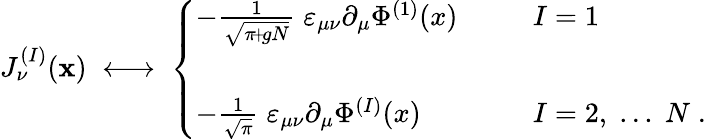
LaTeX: J_{\nu}^{(I)}(\mathbf{x})\; \longleftrightarrow\; \left\{ \begin{array}{ll}{{-\frac{1}{\sqrt{\pi\! +\! gN}}\; \varepsilon_{\mu\nu}\partial_{\mu}\Phi^{(1)}(x)\; \; \; \; \; \; }}&{{I=1}}\\ {{\; }}&{{\; }}\\ {{-\frac{1}{\sqrt{\pi}}\; \varepsilon_{\mu\nu}\partial_{\mu}\Phi^{(I)}(x)\; \; \; \; \; \; }}&{{I=2,\; ...\; N\; .}}\end{array}\right.